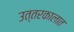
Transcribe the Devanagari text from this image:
उत्तरकालात